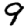
Digit: 9